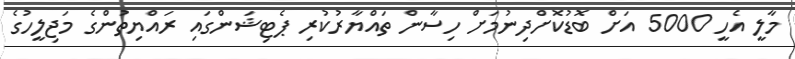
މާލީ އެހީ 5000 އަށް ބޮޑުކޮށްދިނުމަށް ހިސާން ތައްޔާރުކުރި ޕެޓިޝަންގައި ރައްޔިތުންގެ މަޖިލީހުގެ